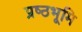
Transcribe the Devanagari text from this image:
प्रष्‍ठभूमि